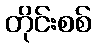
တိုင်းစစ်